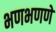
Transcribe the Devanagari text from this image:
भणभणणे